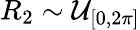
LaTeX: R_{2}\sim\mathcal{U}_{[0,2\pi]}